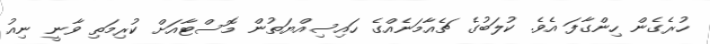
ހުރެގެން ހިންގާފަ އެވެ. ކުލަބުގެ ޗެއާމަނެއްގެ ހައިސިއްޔަތުން މޮސްޓާއަށް ކުރިމަތި ވާނީ ނިއު